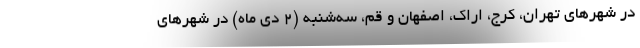
در شهرهای تهران، کرج، اراک، اصفهان و قم، سه‌شنبه (۲ دی ماه) در شهرهای